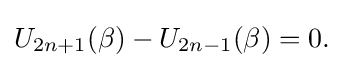
U_{2n+1}(\beta )-U_{2n-1}(\beta )=0.\,\!